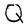
Character: Q